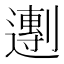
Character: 𬩒